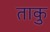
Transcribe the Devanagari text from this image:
ताकु